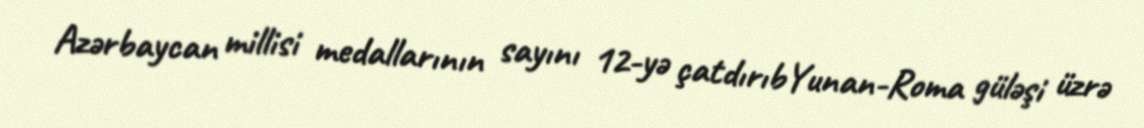
Azərbaycan millisi medallarının sayını 12-yə çatdırıbYunan-Roma güləşi üzrə